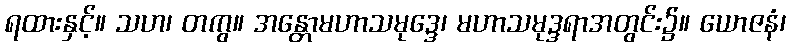
ရထားနှင့်။ သဟ၊ တကွ။ အန္တောမဟာသမုဒ္ဒေ၊ မဟာသမုဒ္ဒရာအတွင်း၌။ ယောဇနံ၊